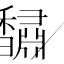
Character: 𮩰